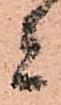
者